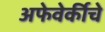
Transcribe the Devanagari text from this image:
अफेवेर्कीचे